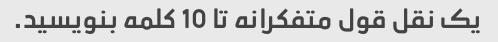
یک نقل قول متفکرانه تا 10 کلمه بنویسید.